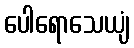
ပေါရောသေယျံ